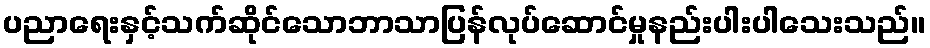
ပညာရေးနှင့်သက်ဆိုင်သောဘာသာပြန်လုပ်ဆောင်မှုနည်းပါးပါသေးသည်။